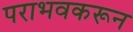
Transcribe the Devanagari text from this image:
पराभवकरून